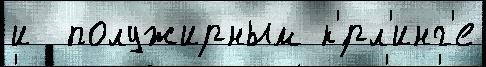
и  полужирным к'́рл'инг'е